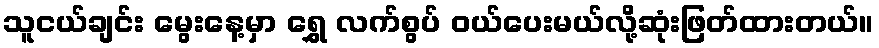
သူငယ်ချင်း မွေးနေ့မှာ ရွှေ လက်စွပ် ဝယ်ပေးမယ်လို့ဆုံးဖြတ်ထားတယ်။